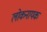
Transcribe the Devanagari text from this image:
लोकनायक